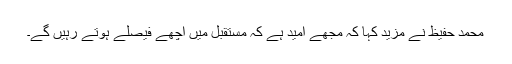
محمد حفیظ نے مزید کہا کہ مجھے امید ہے کہ مستقبل میں اچھے فیصلے ہوتے رہیں گے۔